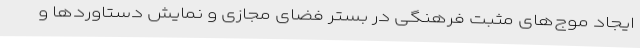
ایجاد موج‌های مثبت فرهنگی در بستر فضای مجازی و نمایش دستاوردها و